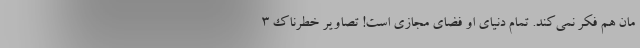
مان هم فکر نمی‌کند. تمام دنیای او فضای مجازی است! تصاویر خطرناک 3